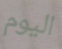
اليوم